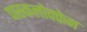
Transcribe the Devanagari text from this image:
पास्कलोक्केन